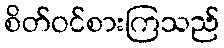
စိတ်ဝင်စားကြသည်